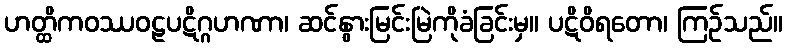
ဟတ္ထိကဝဿဝဠပဋိဂ္ဂဟဏာ၊ ဆင်နွားမြင်းမြဲကိုခံခြင်းမှ။ ပဋိဝိရတော၊ ကြဉ်သည်။